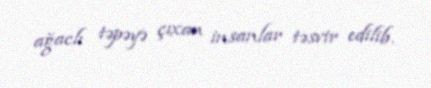
ağaclı təpəyə çıxan insanlar təsvir edilib.